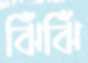
ঝিঁঝিঁ